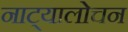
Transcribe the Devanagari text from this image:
नाट्यालोचन